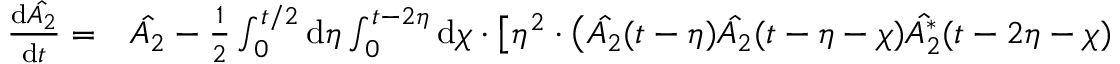
\begin{array} { r l } { \frac { \mathrm { d } \hat { A _ { 2 } } } { \mathrm { d } t } = } & { { } \hat { A _ { 2 } } - \frac { 1 } { 2 } \int _ { 0 } ^ { t / 2 } \mathrm { d } \eta \int _ { 0 } ^ { t - 2 \eta } \mathrm { d } \chi \cdot \bigl [ \eta ^ { 2 } \cdot \bigl ( \hat { A _ { 2 } } ( t - \eta ) \hat { A _ { 2 } } ( t - \eta - \chi ) \hat { A _ { 2 } ^ { * } } ( t - 2 \eta - \chi ) } \end{array}